Leaving Certificate, 1896
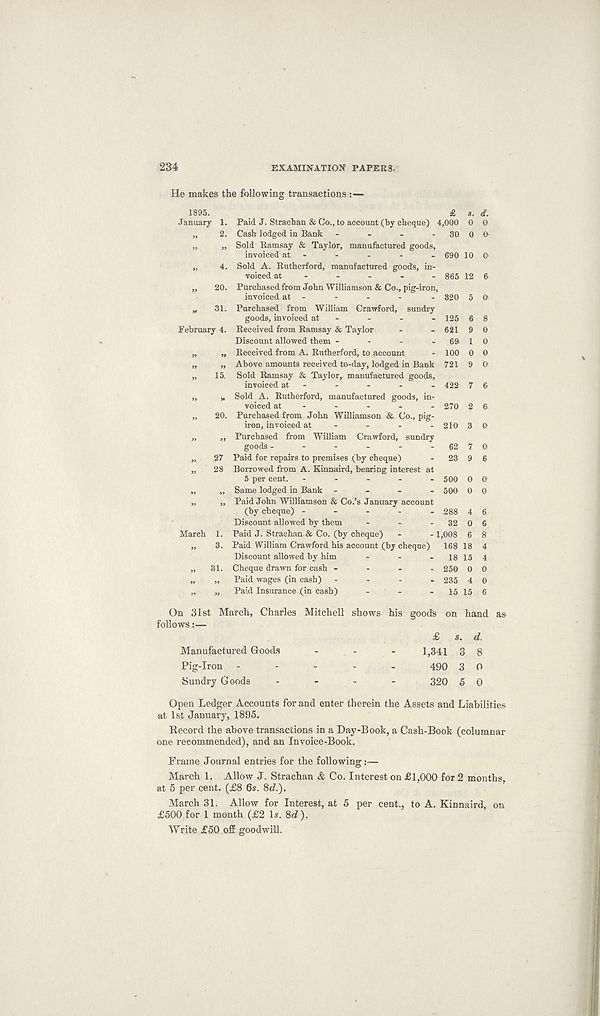
234
EXAMINATION PAPERS.
He makes the following transactions :—
1895.
January 1.
„ 2.
» 20.
* 31.
February 4.
„ 15.
» 20.
„ 27
„ 28
March 1.
„ 3.
31.
£ *.
Paid J. Strachan & Co., to account (by cheque) 4,000 0
Cash lodged in Bank - - - - 30 0
Sold Ramsay & Taylor, manufactured goods,
invoiced at - - - - - 690 10
Sold A. Rutherford, manufactured goods, in-
voiced at - - - - - 865 12
Purchased from John Williamson & Co., pig-iron,
invoiced at - - - - - 320 5
Purchased from William Crawford, sundry
goods, invoiced at - - - - 125 6
Received from Ramsay & Taylor - - 621 9
Discount allowed them - - - - 69 1
Received from A. Rutherford, to account - 100 0
Above amounts received to-day, lodged in Bank 721 9
Sold Ramsay & Taylor, manufactured goods,
invoiced at - - - - - 422 7
Sold A. Rutherford, manufactured goods, in-
voiced at - - - - - 270 2
Purchased from John Williamson & Co., pig-
iron, invoiced at - - - -2103
Purchased from William Crawford, sundry
goods - - - - - - 62 7
Paid for repairs to premises (by cheque) - 23 9
Borrowed from A. Kinnaird, bearing interest at
5 per cent. - - - - . 500 0
Same lodged in Bank
- - - 500 0
Paid John Williamson & Co.’s January account
(by cheque)
- - - - 288 4
Discount allowed by them - - - 32 0
Paid J. Strachan. & Co. (by cheque) - - 1,008 6
Paid William Crawford his account (by cheque) 168 18
Discount allowed by him - - - 18 15
Cheque drawn for cash - - - - 250 0
Paid wages (in cash) .... 235 4
Paid Insurance (in cash) - - - 15 15
d. O
&
O
O
8
0
0
0
O'
6
6
O
O
6
O
0
6
6
8
4
4
0
0
6
On 31st March, Charles Mitchell shows his goods on hand as
follows:—
£ s. d.
Manufactured Goods
-
-
- 1,341 3 8
Pig-Iron -
-
-
.
_
490 3 0
Sundry Goods -
-
-
-
320 5 0
Open Ledger Accounts for and enter therein the Assets and Liabilities
at 1st January, 1895.
Record the above transactions in a Day-Book, a Cash-Book (columnar
one recommended), and an Invoice-Book.
Frame Journal entries for the following:—
March 1. Allow J. Strachan & Co. Interest on £1,000 for 2 months,
at 5 per cent. (£8 6s. 8tZ.).
March 31. Allow for Interest, at 5 per cent., to A. Kinnaird, on
£500 for 1 month (£2 Is. 8<f ).
Write £50 off goodwill.